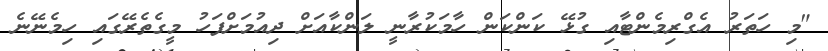
"މި ހަތަރު އެގްރިމެންޓާއި ގުޅޭ ކަންކަން ހާމަކުރާނީ ލަންކާއަށް ދިއުމަށްފަހު މީގެތެރޭގައި ހިމެނޭނެ